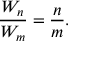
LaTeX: { \frac { W _ { n } } { W _ { m } } } = { \frac { n } { m } } .